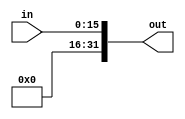
`timescale 1ns / 1ps
//////////////////////////////////////////////////////////////////////////////////
// Company: 
// Engineer: 
// 
// Design Name: 
// Module Name:    ZeroExtender 
// Project Name: 
// Target Devices: 
// Tool versions: 
// Description: 
//
// Dependencies: 
//
// Revision: 
// Revision 0.01 - File Created
// Additional Comments: 
//
//////////////////////////////////////////////////////////////////////////////////
module ZeroExtender(in, out);
input [15:0] in;
output reg [31:0] out;

always @(in)
begin
out [31:16] <= 16'b0;
out [15:0] <= in[15:0]; 
end
endmodule